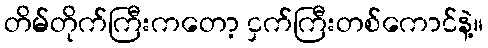
တိမ်တိုက်ကြီးကတော့ ငှက်ကြီးတစ်ကောင်နဲ့။